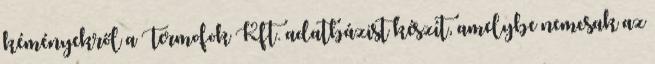
kéményekről a Termofok Kft. adatbázist készít, amelybe nemcsak az